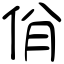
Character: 佾